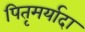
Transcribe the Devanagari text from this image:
पितृमर्यादा